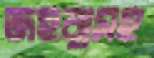
জহরাসহ